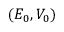
( E _ { 0 } , V _ { 0 } )